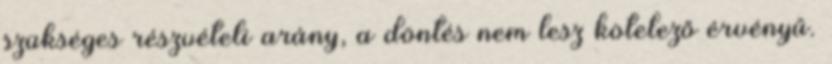
szükséges részvételi arány, a döntés nem lesz kötelező érvényű.